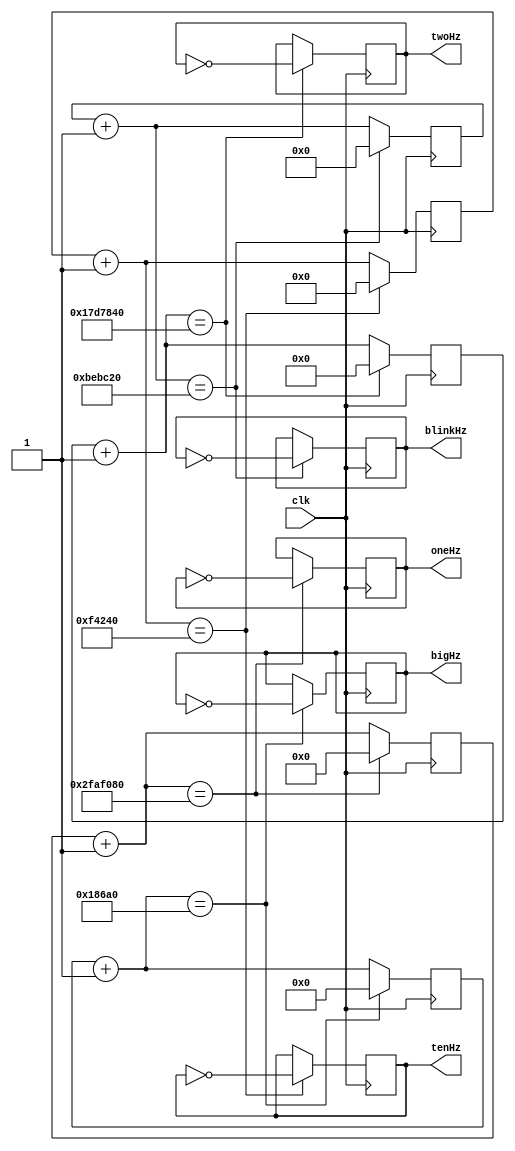
`timescale 1ns / 1ps
//////////////////////////////////////////////////////////////////////////////////
// Company: 
// Engineer: 
// 
// Design Name: 
// Module Name:    Clock 
// Project Name: 
// Target Devices: 
// Tool versions: 
// Description: 
//
// Dependencies: 
//
// Revision: 
// Revision 0.01 - File Created
// Additional Comments: 
//
//////////////////////////////////////////////////////////////////////////////////
module Clock( clk, oneHz, twoHz, bigHz, blinkHz, tenHz
    );

	input clk;
	output oneHz, twoHz, bigHz, blinkHz, tenHz;
	
	reg oneHz, twoHz, bigHz, blinkHz, tenHz;
	
	reg [26:0] counterOneHz;
	reg [25:0] counterTwoHz;
	reg [17:0] counterBigHz;
	reg [24:0] counterBlinkHz;
    reg [22:0] counterTenHz;
	
	initial begin
		
		counterOneHz = 0;
		counterTwoHz = 0;
		counterBigHz = 0;
		counterBlinkHz = 0;
        counterTenHz = 0;
		oneHz = 0;
		twoHz = 0;
		bigHz = 0;
		blinkHz = 0;
        tenHz = 0;
	
	end
	
	always @ (posedge clk) begin
		
		counterOneHz = counterOneHz + 1;
		counterTwoHz = counterTwoHz + 1;
		counterBigHz = counterBigHz + 1;
		counterBlinkHz = counterBlinkHz + 1;
        counterTenHz = counterTenHz + 1;
		
		if(counterOneHz == 28'h2faf080) begin	//count to 50,000,000
			 oneHz = ~oneHz;
			 counterOneHz = 0;
		end
		
		if(counterTwoHz == 28'h17d7840) begin	//count to 25,000,000
			twoHz = ~twoHz;
			counterTwoHz = 0;
		end
		
		if(counterBigHz == 20'h186a0) begin	//count to 100,000
			bigHz = ~bigHz;
			counterBigHz = 0;
		end
		
		if(counterBlinkHz == 28'hbebc20) begin //count to 12,500,000
			blinkHz = ~blinkHz;
			counterBlinkHz = 0;
		end
        
        if(counterTenHz == 23'hf4240) begin //count to 1,000,000
            tenHz = ~tenHz;
            counterTenHz = 0;
        end
	end
	
endmodule